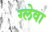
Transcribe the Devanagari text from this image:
ग्लेवा